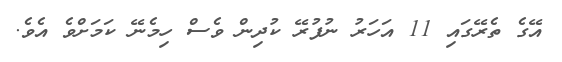
އޭގެ ތެރޭގައި 11 އަހަރު ނުފުރޭ ކުދިން ވެސް ހިމެނޭ ކަމަށްވެ އެވެ.